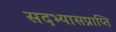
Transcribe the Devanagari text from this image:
सदभ्यासप्राप्ति